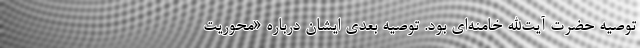
توصیه حضرت آیت‌الله خامنه‌ای بود. توصیه بعدی ایشان درباره «محوریت